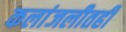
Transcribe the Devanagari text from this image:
कलांजलीतही